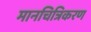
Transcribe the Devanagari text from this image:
मानचित्रिकरण